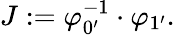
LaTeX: J:=\varphi_{0^{\prime}}^{-1}\cdot\varphi_{1^{\prime}}.